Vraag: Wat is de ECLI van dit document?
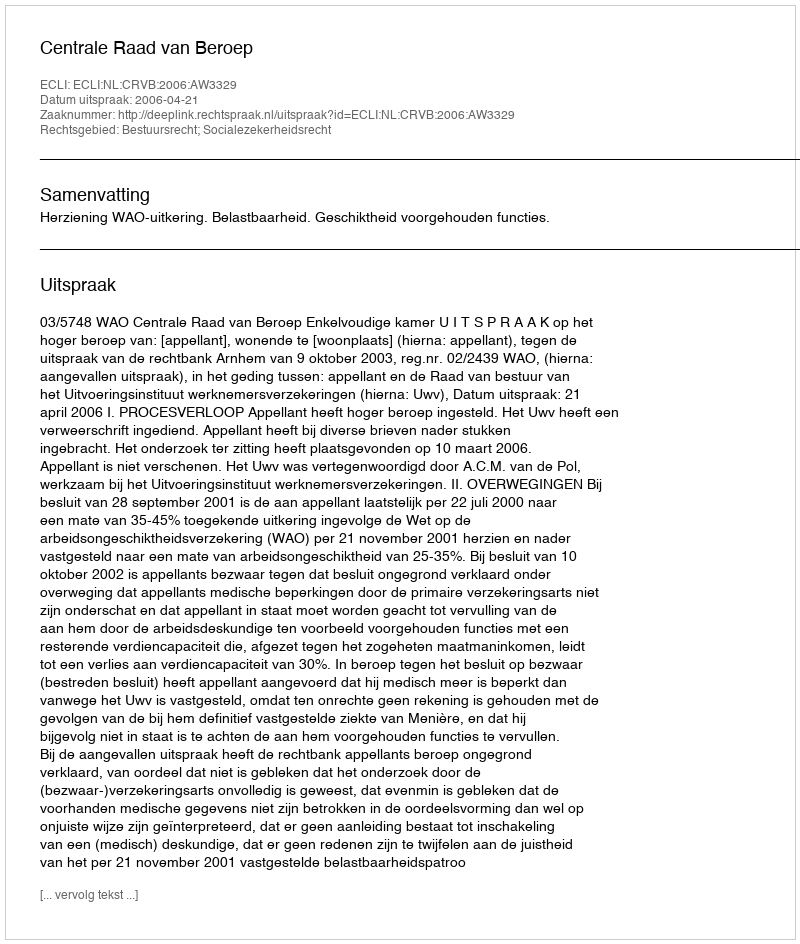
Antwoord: ECLI:NL:CRVB:2006:AW3329